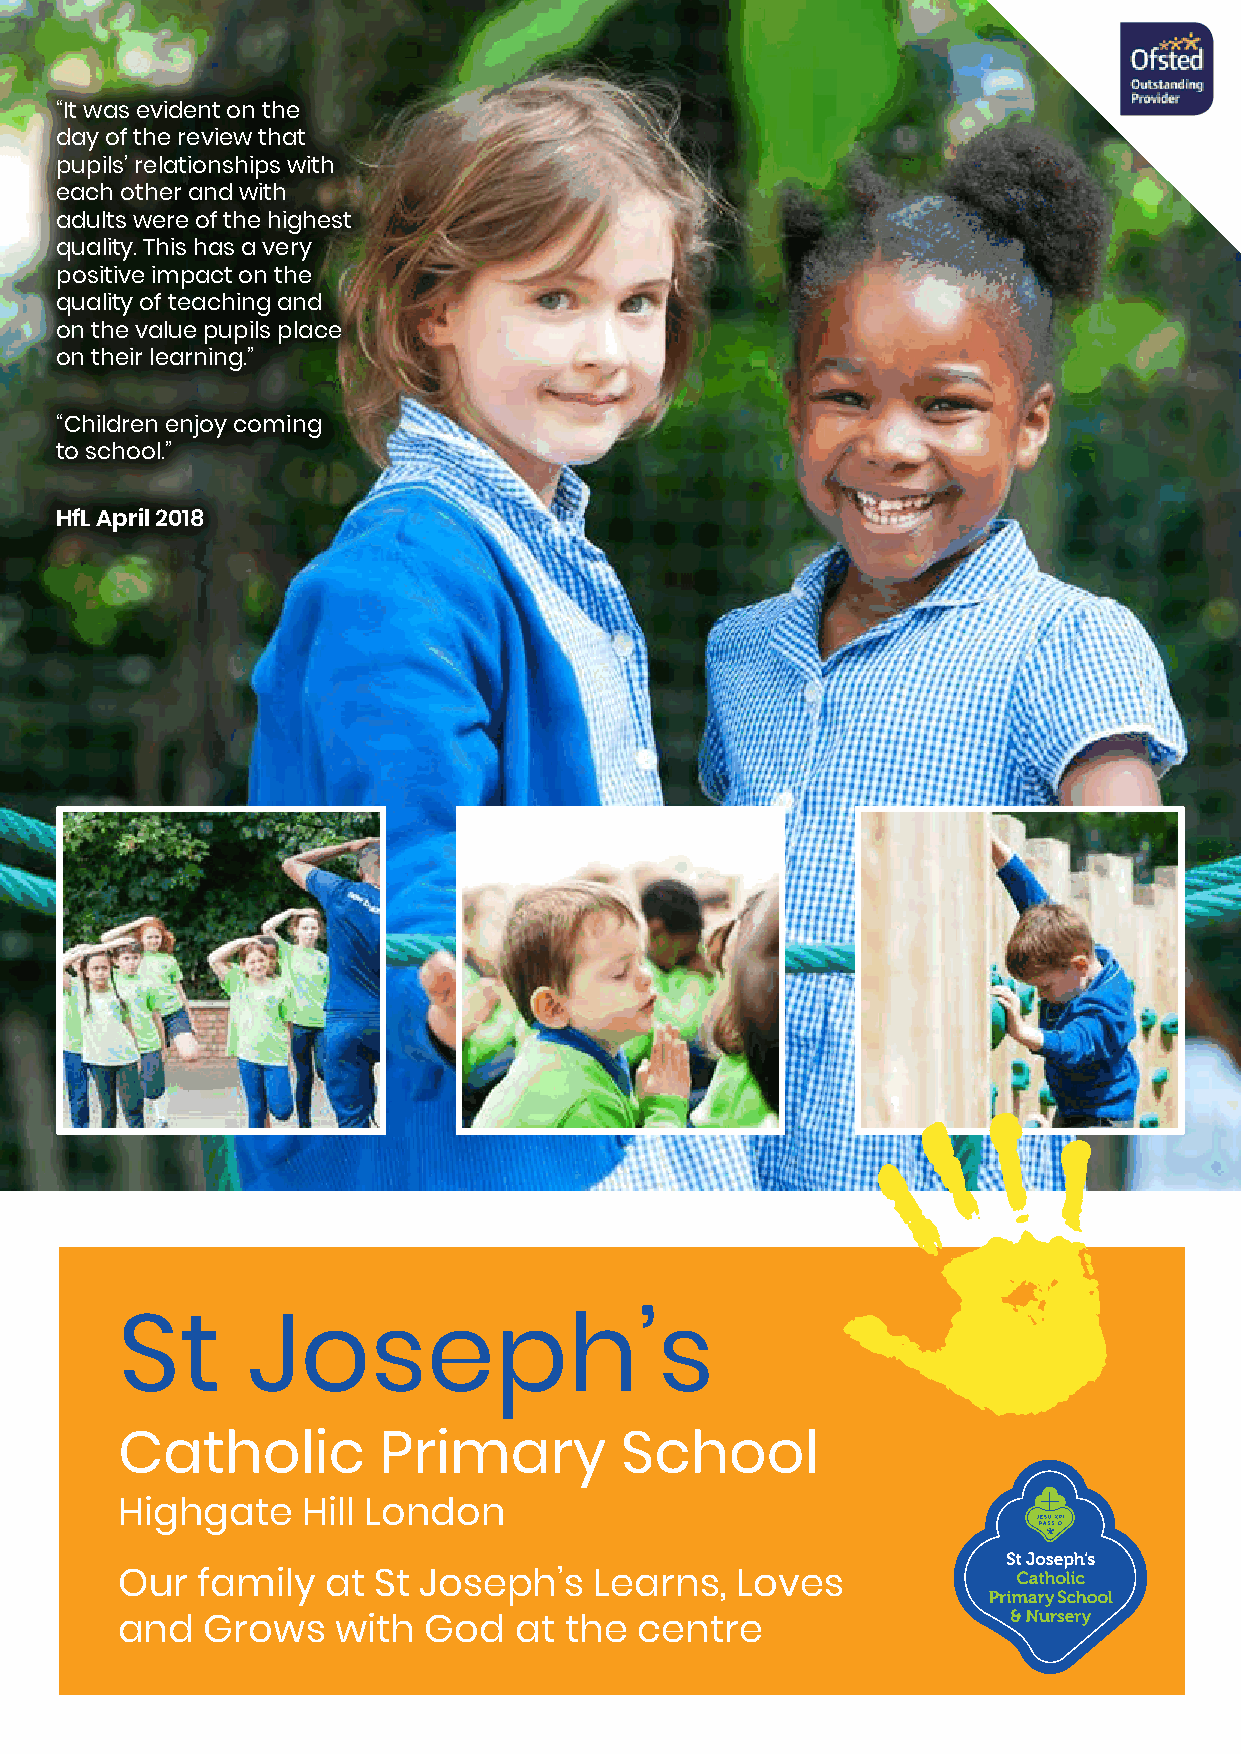
“It was evident on the
 day of the review that
 pupils’ relationships with
 each other and with
 adults were of the highest
 quality. This has a very
 positive impact on the
 quality of teaching and
 on the value pupils place
 on their learning.”
 “Children enjoy coming
 to school.”
 HfL April 2018
 St      Joseph’s
 Catholic         Primary         School
 Highgate    Hill London
 Our  family   at St Joseph’s   Learns,   Loves
 and   Grows   with  God   at the  centre